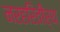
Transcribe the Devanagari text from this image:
नरहरितीर्थ